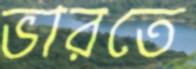
ভারতে